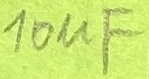
Text: 10µF